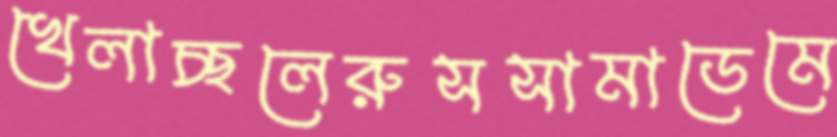
খেলাচ্ছলেরুসসামাডেমে